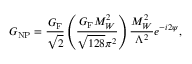
G _ { \mathrm { N P } } = \frac { G _ { \mathrm { F } } } { \sqrt { 2 } } \left( \frac { G _ { \mathrm { F } } M _ { W } ^ { 2 } } { \sqrt { 1 2 8 } \pi ^ { 2 } } \right) \frac { M _ { W } ^ { 2 } } { \Lambda ^ { 2 } } e ^ { - i 2 \psi } ,